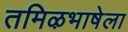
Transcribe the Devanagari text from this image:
तमिऴभाषेला